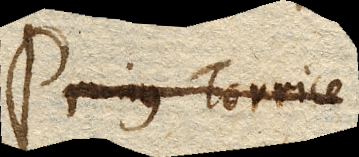
Primus Torrice